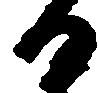
る